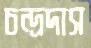
চন্দ্রদাস